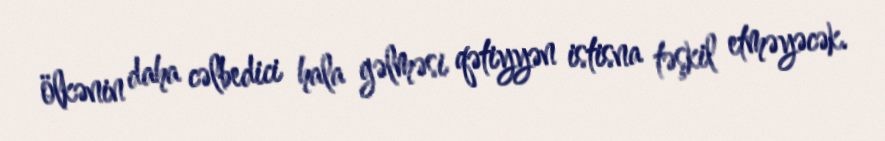
ölkənin daha cəlbedici hala gəlməsi qətiyyən istisna təşkil etməyəcək.